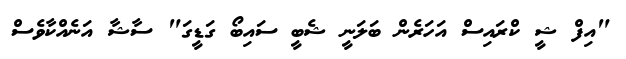
"އިފް ޝީ ކްރައިސް އަހަރެން ބަލަނީ ޝެބީ ސައިބޯ ގަޑީގަ" ސާޝާ އަނެއްކާވެސް